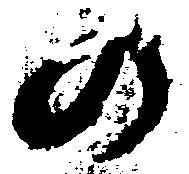
の